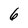
Character: 6